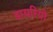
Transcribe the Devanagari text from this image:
डायरियो